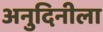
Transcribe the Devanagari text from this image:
अनुदिनीला